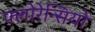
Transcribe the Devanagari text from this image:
फ्लोरेन्सियो